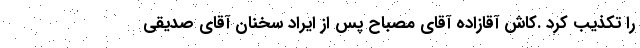
را تکذیب کرد .کاش آقا‌زاده آقای مصباح پس از ایراد سخنان آقای صدیقی